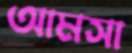
আমসা